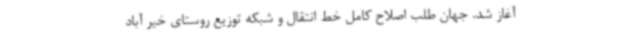
آغاز شد. جهان طلب اصلاح کامل خط انتقال و شبکه توزیع روستای خیر آباد